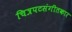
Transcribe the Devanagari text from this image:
चित्रपटसंगीतकार